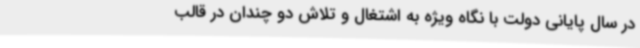
در سال پایانی دولت با نگاه ویژه به اشتغال و تلاش دو چندان در قالب